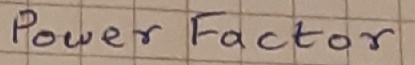
Text: Power Factor